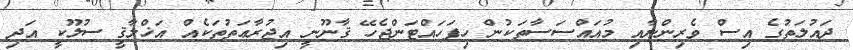
ދައުލަތުގެ އިސް ވެރިންނާއި މުއައްސަސާތަކުން ހިފަހައްޓަންޖެހޭ ޤާނޫނީ އިޖުރާޢަތުތަކެއް އަޚްލާޤީ ސުލޫކީ އަދި